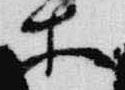
等